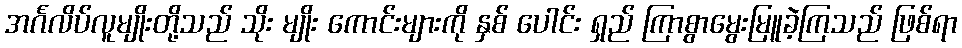
အင်္ဂလိပ်လူမျိုးတို့သည် သိုး မျိုး ကောင်းများကို နှစ် ပေါင်း ရှည် ကြာစွာမွေးမြူခဲ့ကြသည် ဖြစ်ရာ